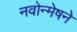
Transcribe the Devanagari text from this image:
नवोन्मेषने